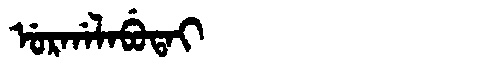
Manchu: ᡠᡵᡤᠠᠯᠠᠪᡠᡨᠠᡳ
Romanization: URGALABUTAI